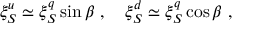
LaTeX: \xi _ { S } ^ { u } \simeq \xi _ { S } ^ { q } \sin \beta \ , \ \ \ \xi _ { S } ^ { d } \simeq \xi _ { S } ^ { q } \cos \beta \ ,